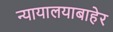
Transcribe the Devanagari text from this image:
न्यायालयाबाहेर